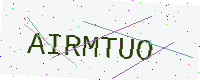
Text: AIRMTUO